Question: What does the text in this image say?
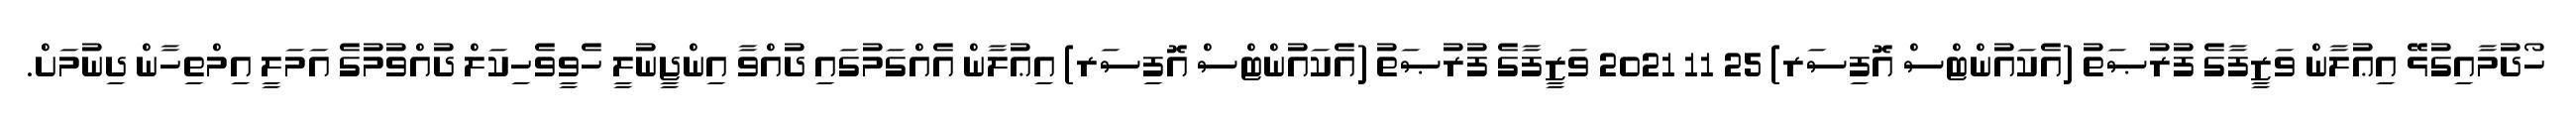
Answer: ހޯދުމާއިގުޅޭ އިޢުލާން ވަޒީފާގެ ފުރުޞަތު (އެކައުންޓްސް އޮފިސަރ) 25 11 2021 ވަޒީފާގެ ފުރުޞަތު (އެކައުންޓްސް އޮފިސަރ) އިޢުލާން އެއްގަމުގައި ދުއްވާ އިންޖީނުލީ ހެވީވެހިކަލް ދުއްވުމުގެ އަމަލީ އިމްތިހާން ދިނުމަށް.